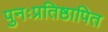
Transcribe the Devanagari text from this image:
पुनःप्रतिष्ठापित